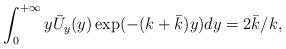
LaTeX: \begin{align*} \int_0^{+\infty} y \bar U_y(y) \exp(-(k +\bar k) y)dy=2\bar k/k,\end{align*}